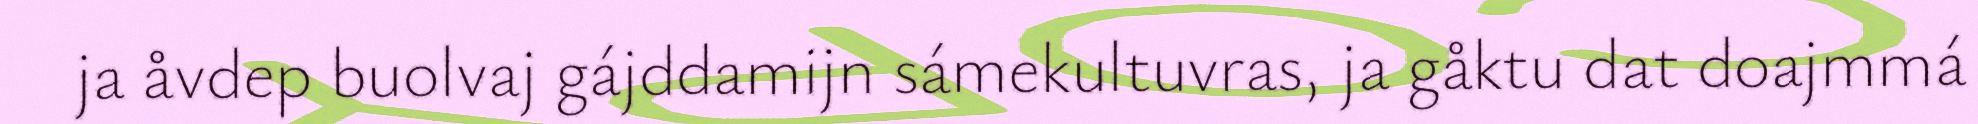
ja åvdep buolvaj gájddamijn sámekultuvras, ja gåktu dat doajmmá